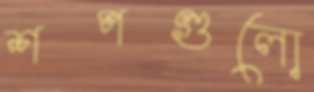
শপগুলো